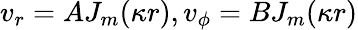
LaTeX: v_{r}=AJ_{m}(\kappa r),v_{\phi}=BJ_{m}(\kappa r)